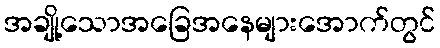
အချို့သောအခြေအနေများအောက်တွင်